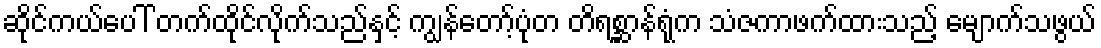
ဆိုင်ကယ်ပေါ် တက်ထိုင်လိုက်သည်နှင့် ကျွန်တော့်ပုံတ တိရစ္ဆာန်ရုံက သံဇကာဖက်ထားသည့် မျောက်သဖွယ်